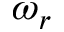
\omega _ { r }